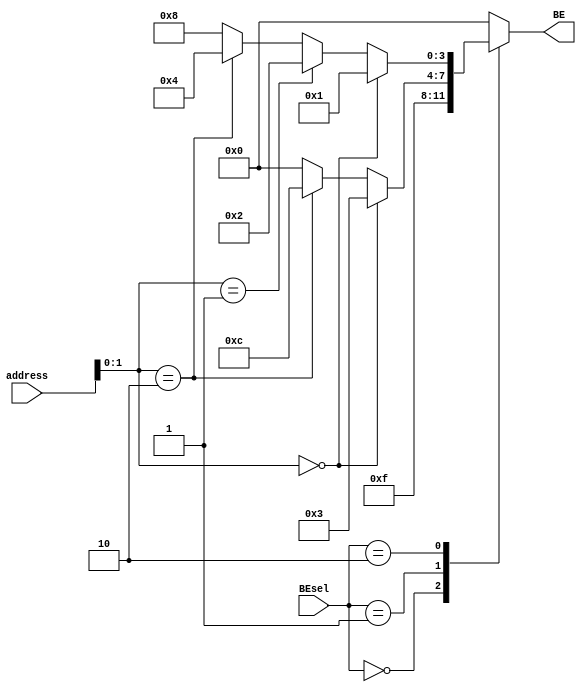
`timescale 1ns / 1ps
//////////////////////////////////////////////////////////////////////////////////
// Company: 
// Engineer: 
// 
// Design Name: 
// Module Name:    BEproduce 
// Project Name: 
// Target Devices: 
// Tool versions: 
// Description: 
//
// Dependencies: 
//
// Revision: 
// Revision 0.01 - File Created
// Additional Comments: 
//
//////////////////////////////////////////////////////////////////////////////////
module BEproduce(
    input [31:0] address,
    input [1:0] BEsel,
    output reg [3:0] BE
    );
	wire [1:0]lo=address[1:0];
	always @(*)begin
		case(BEsel)
			2'b00: BE<=4'b1111;
			2'b01: begin
				if (lo==0)
					BE<=4'b0011;
				else if (lo==2)
					BE<=4'b1100;
				else
					BE<=0;
				end
			2'b10: begin
				if (lo==0)
					BE<=4'b0001;
				else if (lo==1)
					BE<=4'b0010;
				else if (lo==2)
					BE<=4'b0100;
				else
					BE<=4'b1000;
				end
			default:
				BE<=4'b0000;
		endcase
	end

endmodule